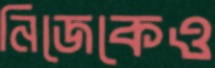
নিজেকেও